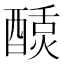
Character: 𬪴